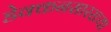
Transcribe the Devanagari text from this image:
डेक्कनसारख्या